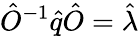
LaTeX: \hat{O}^{-1}\hat{q}\hat{O}=\hat{\lambda}